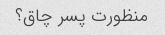
منظورت پسر چاق؟